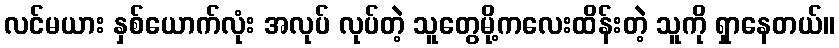
လင်မယား နှစ်ယောက်လုံး အလုပ် လုပ်တဲ့ သူတွေမို့ကလေးထိန်းတဲ့ သူကို ရှာနေတယ်။